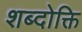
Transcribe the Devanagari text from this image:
शब्दोक्ति